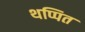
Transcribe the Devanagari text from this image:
थप्पित